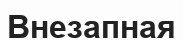
Внезапная